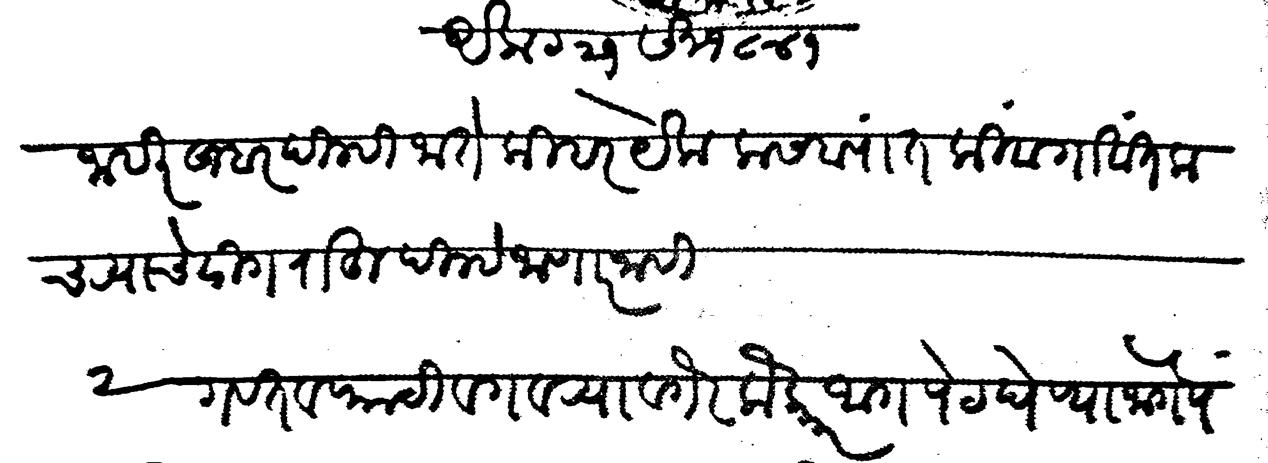
Transliteration (Devanagari): अकट २१ सन १८४१ जाहीर खबर दिल्ही जाते की हर येक कसब्यांत किंवा गावात कचऱ्याचे ढीग राहू दिल्हे जाणार नाही २ गवत व फाटी व गवऱ्या वगैरे लौकर आग पेट घेण्याजोगे पदार्थ